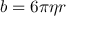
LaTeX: b = 6 \pi \eta r